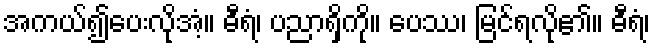
အကယ်၍ပေးလိုအံ့။ ဓီရံ၊ ပညာရှိကို။ ပေဿ၊ မြင်ရလို၏။ ဓီရံ၊